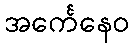
အင်္ကေနေဝ